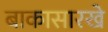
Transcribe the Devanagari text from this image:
बाकासारखे